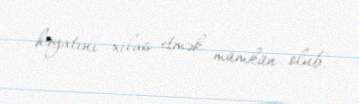
həyatını xilas etmək mümkün olub.